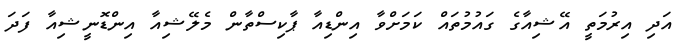
އަދި އިރުމަތީ އޭޝިއާގެ ގައުމުތައް ކަމަށްވާ އިންޑިއާ ޕާކިސްތާން މެލޭޝިއާ އިންޑޮނީޝިއާ ފަދަ